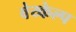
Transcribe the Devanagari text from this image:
वेय्केल्प